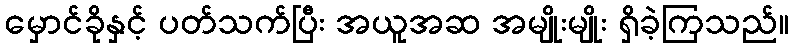
မှောင်ခိုနှင့် ပတ်သက်ပြီး အယူအဆ အမျိုးမျိုး ရှိခဲ့ကြသည်။